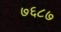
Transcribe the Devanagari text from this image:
७६८७